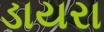
ડાયરા